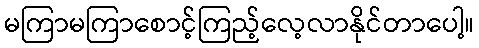
မကြာမကြာစောင့်ကြည့်လေ့လာနိုင်တာပေါ့။